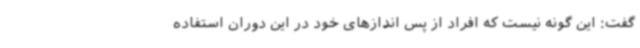
گفت: این گونه نیست که افراد از پس اندازهای خود در این دوران استفاده